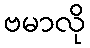
ဗမာလို